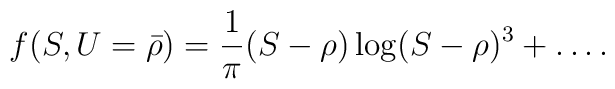
f(S,U={\bar \rho})={1\over \pi}(S-\rho)\log(S-\rho)^3+\dots .